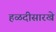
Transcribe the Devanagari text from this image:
हळदीसारखे